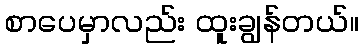
စာပေမှာလည်း ထူးချွန်တယ်။